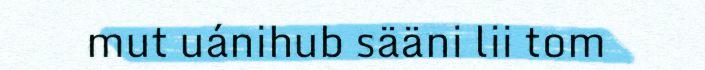
mut uánihub sääni lii tom